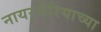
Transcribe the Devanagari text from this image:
नायरजेरियाच्या